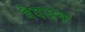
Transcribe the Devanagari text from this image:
वैदाहक